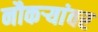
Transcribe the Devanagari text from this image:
नौकऱ्यांवर